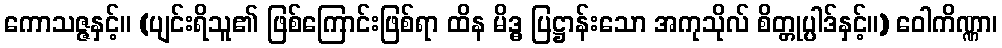
ကောသဇ္ဇနှင့်။ (ပျင်းရိသူ၏ ဖြစ်ကြောင်းဖြစ်ရာ ထိန မိဒ္ဓ ပြဋ္ဌာန်းသော အကုသိုလ် စိတ္တုပ္ပါဒ်နှင့်။) ဝေါကိဏ္ဏာ၊